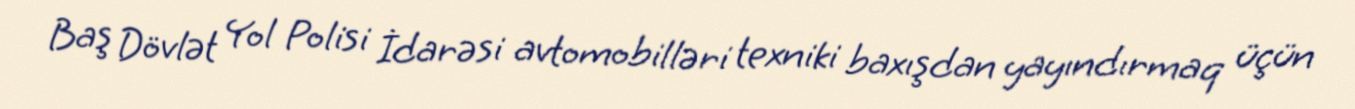
Baş Dövlət Yol Polisi İdarəsi avtomobilləri texniki baxışdan yayındırmaq üçün